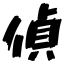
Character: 偵